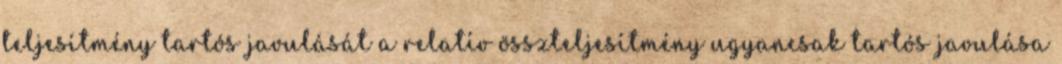
teljesítmény tartós javulását a relatív összteljesítmény ugyancsak tartós javulása